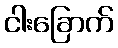
ငါးခြောက်